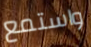
واستمع